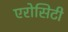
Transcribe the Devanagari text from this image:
एरोसिटी